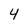
Character: 4